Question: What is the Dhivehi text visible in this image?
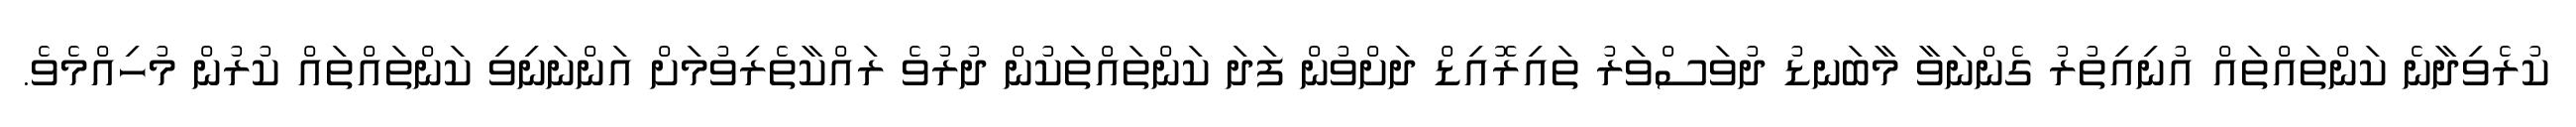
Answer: ކުރެވިދާނެ ކަންތައްތައް އުނިއިތުރު ގެންނަވާ މާބަނޑު ދުވަސްވަރު ތައިރޮއިޑް ދަށްވުން ފަދަ ކަންތައްތަކުން ދުރުވެ ރައްކާތެރިވުމަށް އަންނަނިވި ކަންތައްތައް ކުރުން މުހިއްމެވެ.